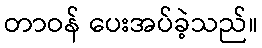
တာဝန် ပေးအပ်ခဲ့သည်။